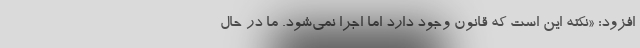
افزود: «نکته این است که قانون وجود دارد اما اجرا نمی‌شود. ما در حال